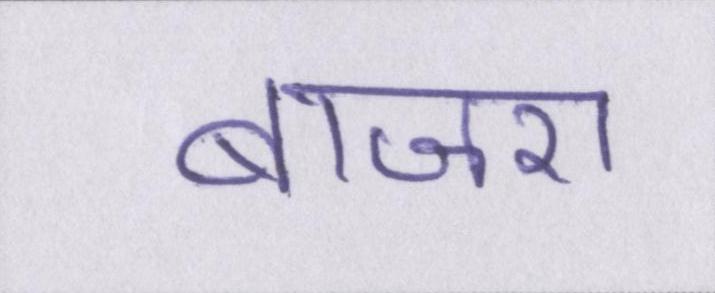
बाजरा